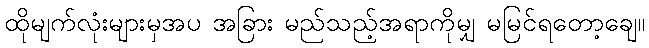
ထိုမျက်လုံးများမှအပ အခြား မည်သည့်အရာကိုမျှ မမြင်ရတော့ချေ။